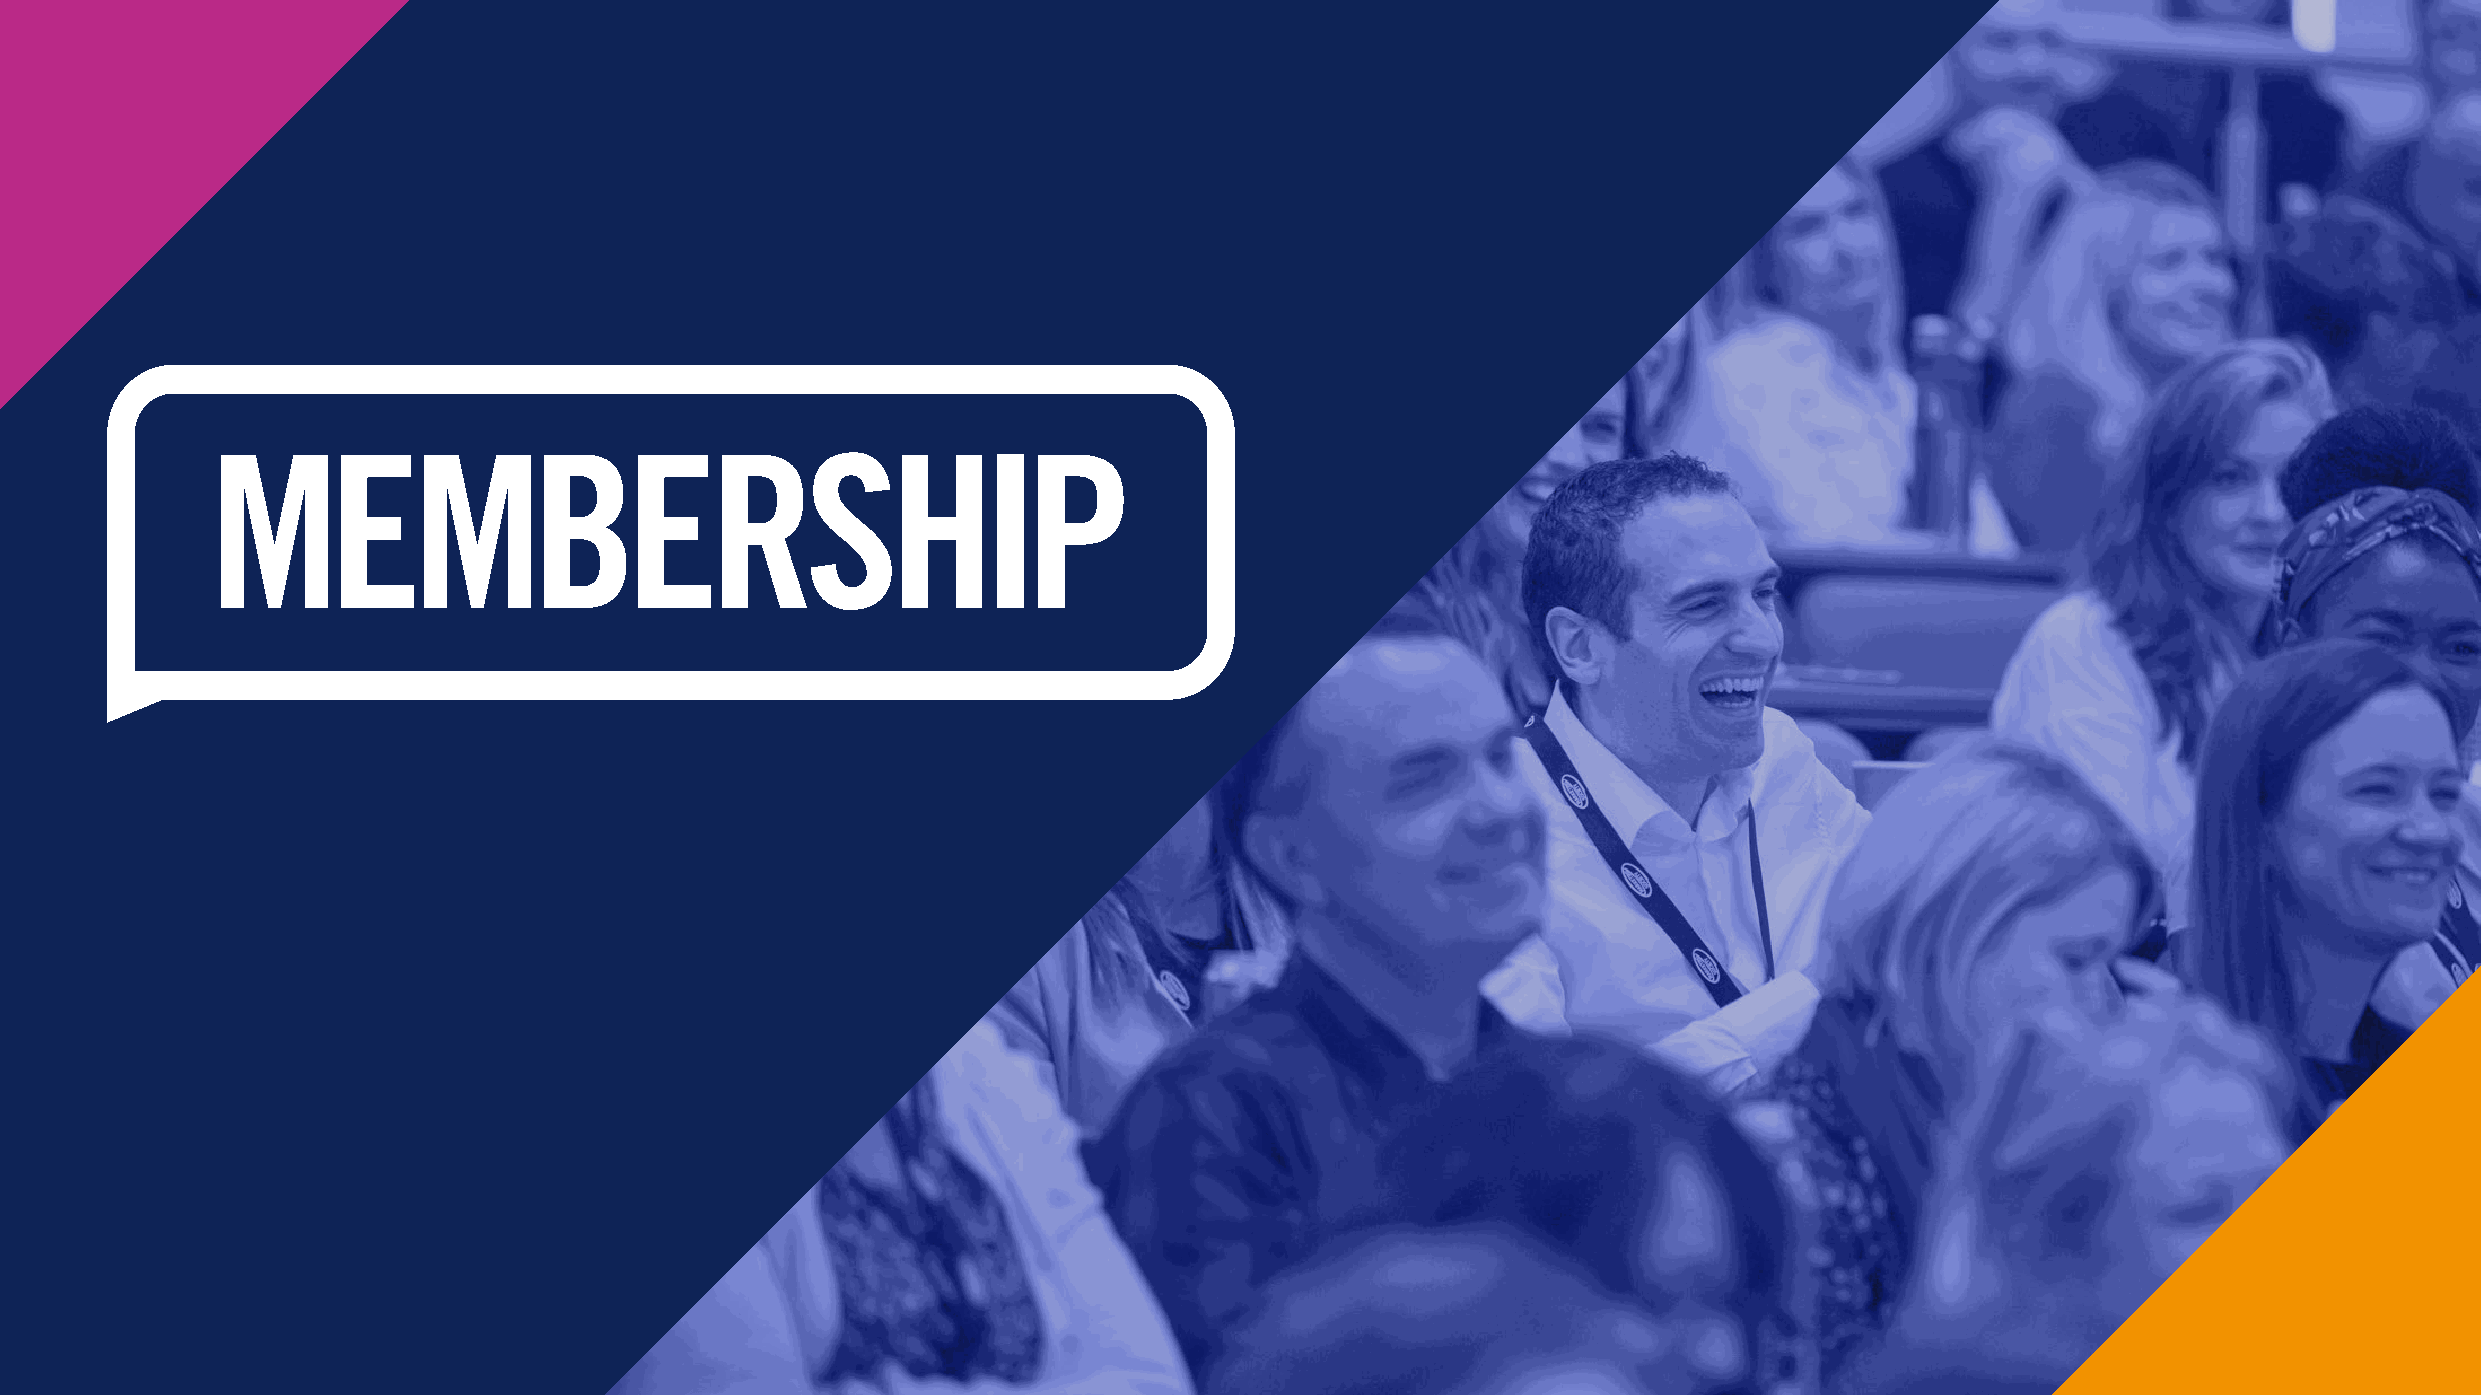
MEMBERSHIP
 BREAKER                    PAGE            TITLE
 BREAKER                    PAGE            TITLE
 Sub   Title